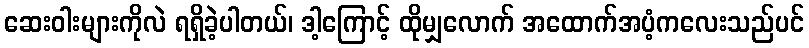
ဆေးဝါးများကိုလဲ ရရှိခဲ့ပါတယ်၊ ဒါ့ကြောင့် ထိုမျှလောက် အထောက်အပံ့ကလေးသည်ပင်